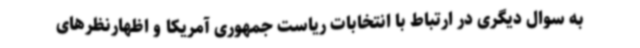
به سوال دیگری در ارتباط با انتخابات ریاست جمهوری آمریکا و اظهارنظرهای